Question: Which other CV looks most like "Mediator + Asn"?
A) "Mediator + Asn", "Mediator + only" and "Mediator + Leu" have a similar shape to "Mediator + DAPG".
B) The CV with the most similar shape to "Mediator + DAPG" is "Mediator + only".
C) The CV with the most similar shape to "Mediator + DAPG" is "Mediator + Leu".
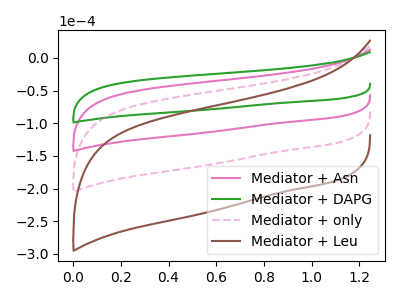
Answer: <think>The pink curve "Mediator + Asn" has no peaks. The green curve "Mediator + DAPG" has no peaks. The pink dashed curve "Mediator + only" has no peaks. The brown curve "Mediator + Leu" has no peaks.
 Neither "Mediator + Asn" or "Mediator + DAPG" have any peaks. Neither "Mediator + Asn" or "Mediator + only" have any peaks. Neither "Mediator + Asn" or "Mediator + Leu" have any peaks. Neither "Mediator + DAPG" or "Mediator + only" have any peaks. Neither "Mediator + DAPG" or "Mediator + Leu" have any peaks. Neither "Mediator + only" or "Mediator + Leu" have any peaks.</think>
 <answer>A) "Mediator + Asn", "Mediator + only" and "Mediator + Leu" have a similar shape to "Mediator + DAPG".</answer>
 <eval>A</eval>